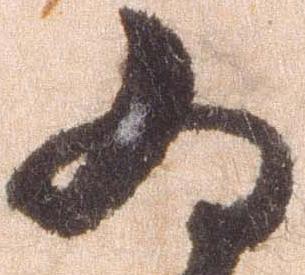
為